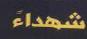
شهداء